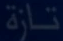
تازة